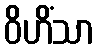
ဝိဟိံသာ